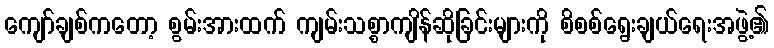
ကျော်ချစ်ကတော့ စွမ်းအားထက် ကျမ်းသစ္စာကျိန်ဆိုခြင်းများကို စိစစ်ရွေးချယ်ရေးအဖွဲ့၏